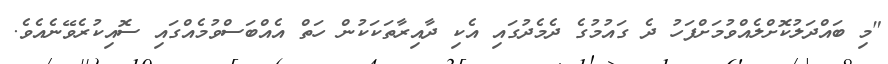
"މި ބައްދަލުކޮށްލެއްވުމަށްފަހު ދެ ގައުމުގެ ދެމެދުގައި އެކި ދާއިރާތަކަކުން ހަތް އެއްބަސްވުމެއްގައި ސޮއިކުރެވޭނެއެވެ.